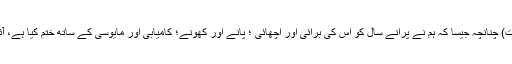
( یوحنا ۳ باب ۳ تا ۷ آیت، طِطُس ۳ باب ۳ تا ۷ آیت؛ یوحنا ۱ باب ۱۱ آیت) چنانچہ جیسا کہ ہم نے پرانے سال کو اِس کی بُرائی اور اچھائی ؛ پانے اور کھونے؛ کامیابی اور مایوسی کے ساتھ ختم کیا ہے، آئیں نئے سال کو آسمانی بادشاہی کے وارثوں کی طرح سے حاصل کریں۔